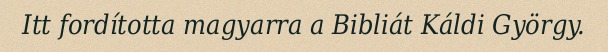
Itt fordította magyarra a Bibliát Káldi György.